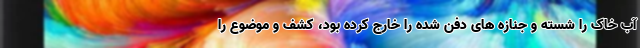
آب خاک را شسته و جنازه های دفن شده را خارج کرده بود، کشف و موضوع را